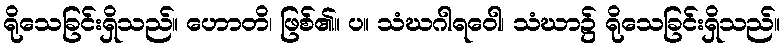
ရိုသေခြင်းရှိသည်။ ဟောတိ၊ ဖြစ်၏။ ပ။ သံဃဂါရဝေါ၊ သံဃာ၌ ရိုသေခြင်းရှိသည်။